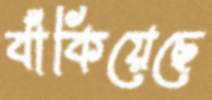
বাঁকিয়েছে